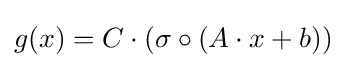
g(x)=C\cdot (\sigma \circ (A\cdot x+b))